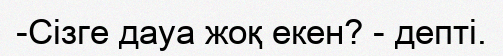
-Сізге дауа жоқ екен? - депті.